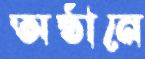
অষ্ঠানে